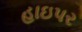
હાઇપર